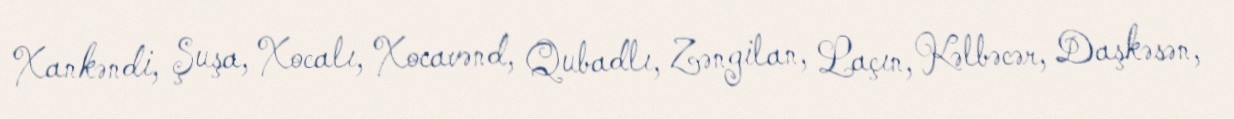
Xankəndi, Şuşa, Xocalı, Xocavənd, Qubadlı, Zəngilan, Laçın, Kəlbəcər, Daşkəsən,